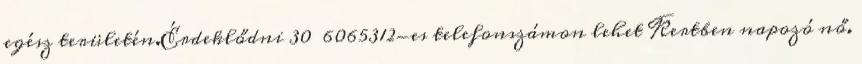
egész területén.Érdeklődni 30 6065312-es telefonszámon lehet Kertben napozó nő.